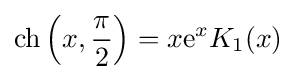
\operatorname {ch} \left(x,{\frac {\pi }{2}}\right)=x\mathrm {e} ^{x}K_{1}(x)